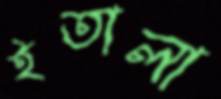
ইতালা